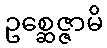
ဥစ္ဆေဇ္ဇာမိ